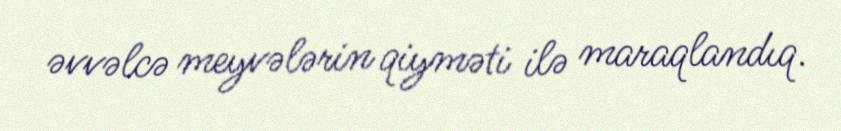
əvvəlcə meyvələrin qiyməti ilə maraqlandıq.